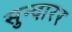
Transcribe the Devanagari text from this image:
सुन्दारर